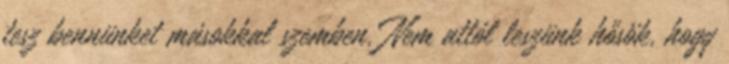
tesz bennünket másokkal szemben. Nem attól leszünk hősök, hogy